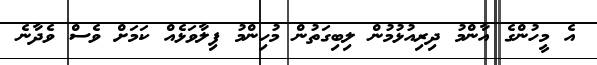
އެ މީހުންގެ އާންމު ދިރިއުޅުމުން ލިބިގަތުން މުހިންމު ފިލާވަޅެއް ކަމަށް ވެސް ވެދާނެ